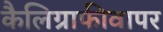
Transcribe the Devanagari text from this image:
कैलिग्राफीवापर